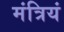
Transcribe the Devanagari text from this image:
मंत्रियं